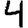
Digit: 4